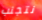
نتجنب